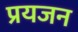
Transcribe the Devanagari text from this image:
प्रयजन